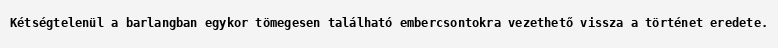
Kétségtelenül a barlangban egykor tömegesen található embercsontokra vezethető vissza a történet eredete.